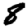
Digit: 8